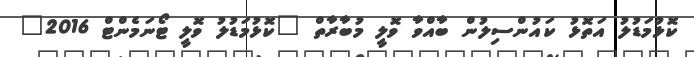
ކޮޅުމަޑުލު އަތޮޅު ކައުންސިލުން ބާއްވާ ވޮލީ މުބާރާތް "ކޮޅުމަޑުލު ވޮލީ ޓޯނަމެންޓް 2016"